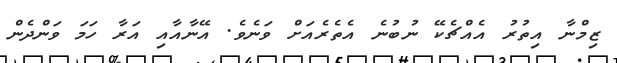
ޒިމްނާ އިތުރު އެއްޗެކޭ ނުބުނެ އެތެރެއަށް ވަނެވެ. އޭނާއާއި އަރާ ހަމަ ވަންދެން